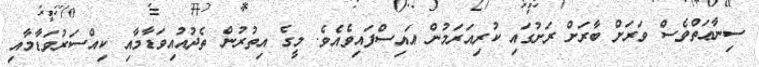
ސިނާޢަތްވެސް ވަރަށް ބާރަށް ރަށުގައި ކުރިއަރަމުން އައިސްފައިވެއެވެ. މީގެ އިތުރުން ތެދުއުއިވަޑާމާއި ކިއްސަރުވަޑާމާއި